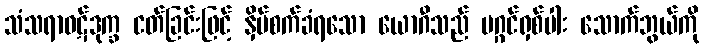
သံသရာဝဋ်ဒုက္ခ ငတ်ခြင်းဖြင့် နှိပ်စက်ခံရသော ယောဂီသည် မဂ္ဂင်ရှစ်ပါး သောက်ဘွယ်ကို